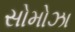
સોમોઝા